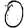
Digit: 0